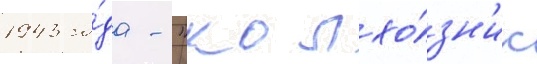
1943 го́да - "колхо́зн'ик